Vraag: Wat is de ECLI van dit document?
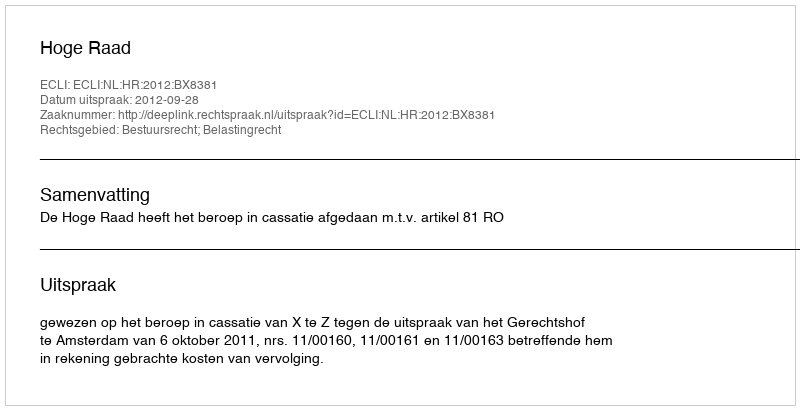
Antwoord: ECLI:NL:HR:2012:BX8381